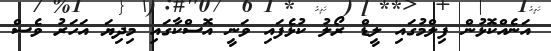
އަނެއްކޮޅުން ފިލްމުގައި ލީޑް ރޯލު ކުޅެފައި ވަނީ އޮސްކާގައި މިދިޔަ އަހަރު ވެސް